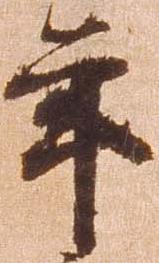
年